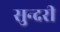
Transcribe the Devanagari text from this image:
सुन्‍दरी